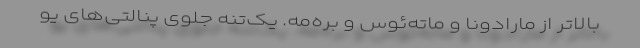
بالاتر از مارادونا و ماته‌ئوس و بره‌مه. یک‌تنه جلوی پنالتی‌های یو